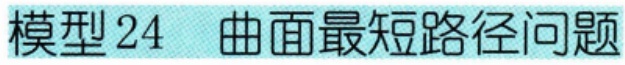
模型 24  曲面最短路径问题